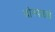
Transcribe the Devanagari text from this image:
बोरपाडळे